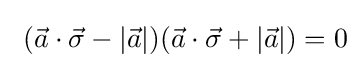
\ ({\vec {a}}\cdot {\vec {\sigma }}-|{\vec {a}}|)({\vec {a}}\cdot {\vec {\sigma }}+|{\vec {a}}|)=0